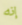
إنه